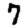
Digit: 7